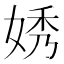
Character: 㛢